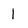
Character: 1